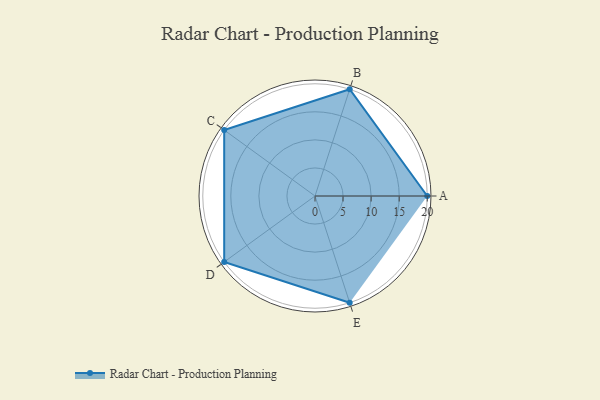
{"axis": {"x": "Skill", "y": "Score"}, "legend": ["Profile"], "data": [{"x": "A", "y": 20, "type": "Profile"}, {"x": "B", "y": 20, "type": "Profile"}, {"x": "C", "y": 20, "type": "Profile"}, {"x": "D", "y": 20, "type": "Profile"}, {"x": "E", "y": 20, "type": "Profile"}]}